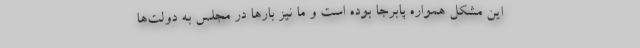
این مشکل همواره پابرجا بوده است و ما نیز بارها در مجلس به دولت‌ها